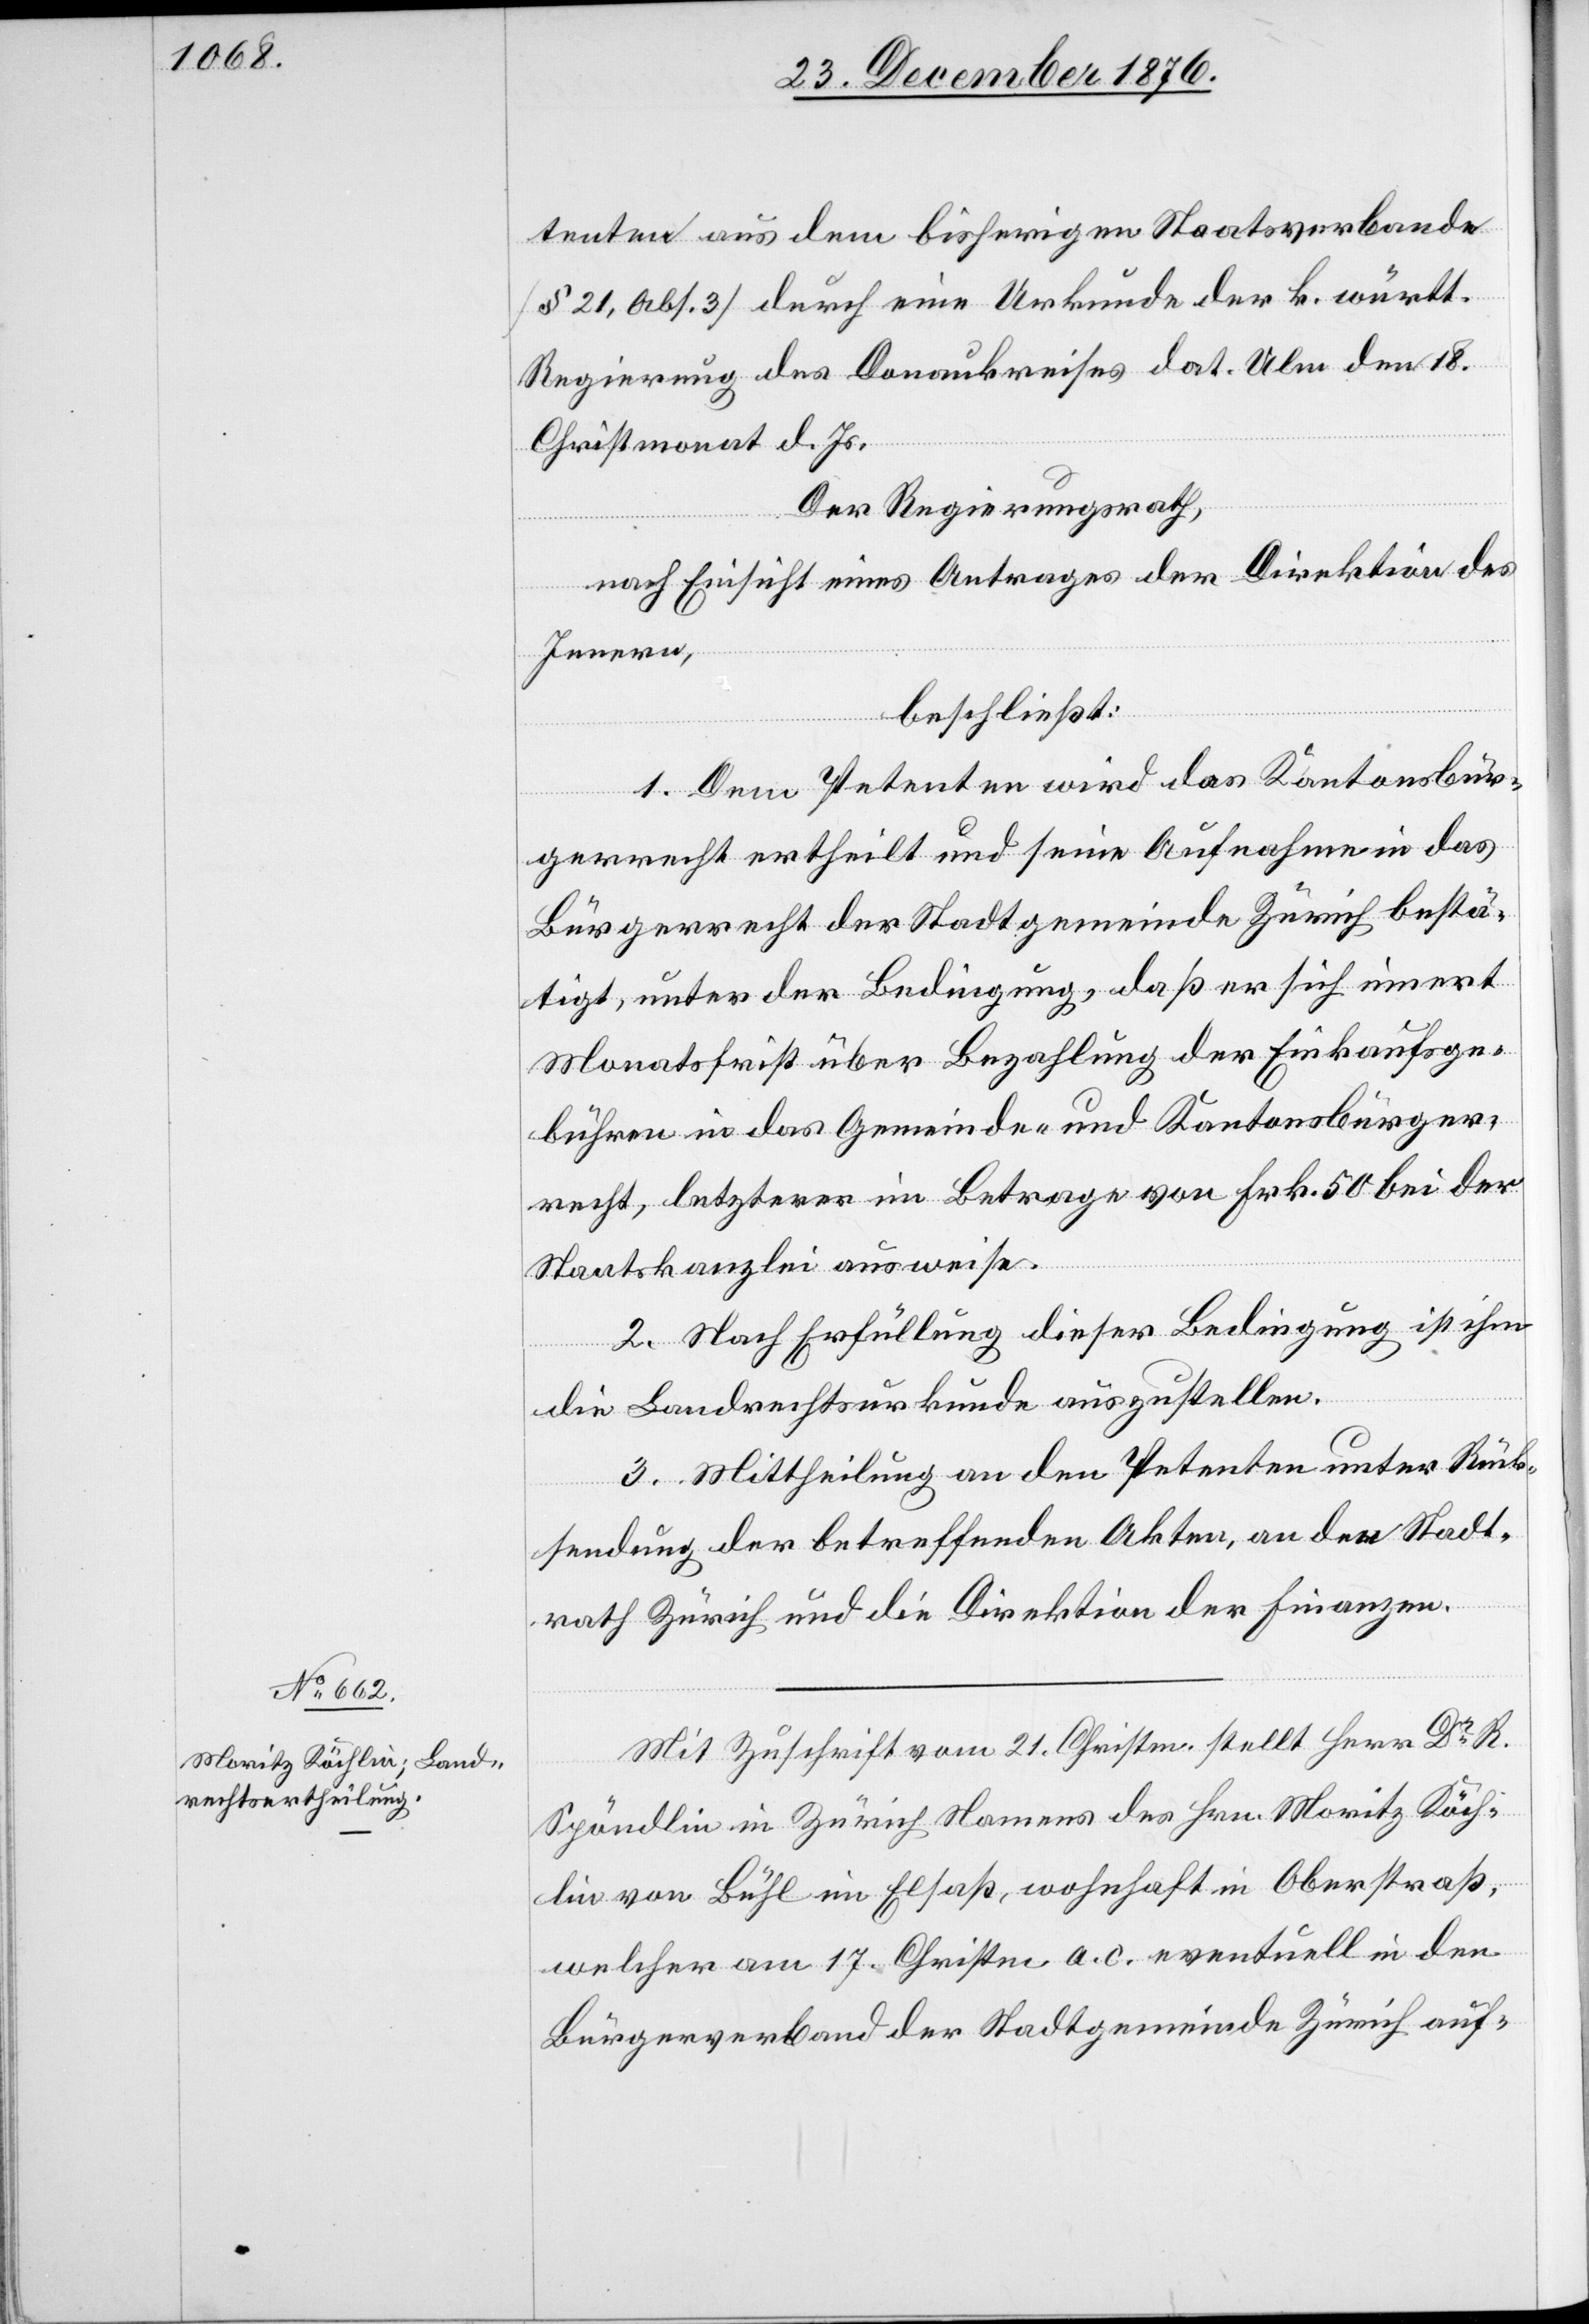
Mit Zuschrift vom 21. Christm. stellt Herr Dr R.
Spöndlin in Zürich Namens des Hrn. Moritz Köch¬
lin von Bühl im Elsaß, wohnhaft in Oberstraß,
welcher am 17. Christm. a. c. eventuell in den
Bürgerverband der Stadtgemeinde Zürich auf-